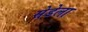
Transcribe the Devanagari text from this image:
सेडेला